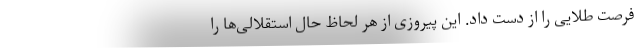
فرصت طلایی را از دست داد. این پیروزی از هر لحاظ حال استقلالی‌ها را